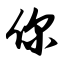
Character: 你